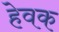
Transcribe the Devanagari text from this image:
हेवक